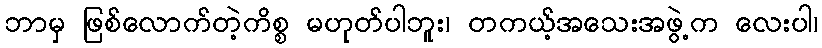
ဘာမှ ဖြစ်လောက်တဲ့ကိစ္စ မဟုတ်ပါဘူး၊ တကယ့်အသေးအဖွဲ့က လေးပါ၊